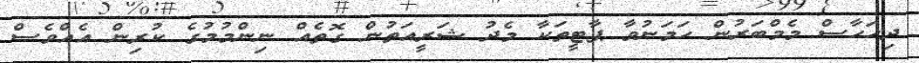
ދިހަހާސް މެމްބަރުން ހަމަނުވާ ޕާޓީތަކާ މެދު ޝަރީއަތުން ގޮތެއް ނިންމުމުގެ ކުރިން އެއްވެސް